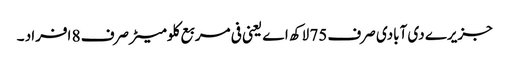
جزیرے دی آبادی صرف 75 لاکھ اے یعنی فی مربع کلومیٹر صرف 8 افراد ۔